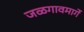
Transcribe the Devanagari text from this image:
जळगावमार्गे